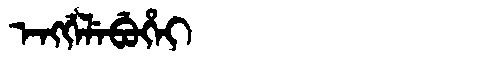
Manchu: ᡝᠩᡤᡝᠯᡝᠪᡠᡥᡝᡳ
Romanization: ENGGELEBUHEI